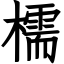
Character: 檽